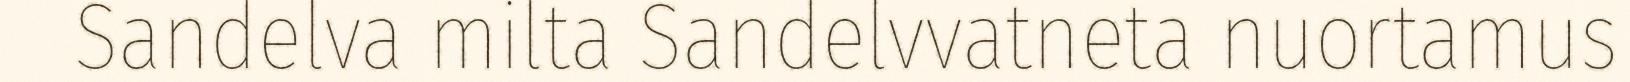
Sandelva milta Sandelvvatneta nuortamus